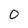
Character: 0